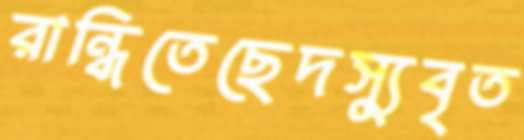
রান্ধিতেছেদস্যুবৃত